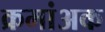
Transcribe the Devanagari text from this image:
क्रमांअक